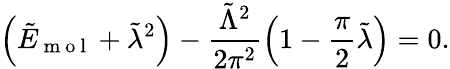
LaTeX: \left(\tilde{E}_{\mathrm{~m~o~l~}}+\tilde{\lambda}^{2}\right)-\frac{\tilde{\Lambda}^{2}}{2\pi^{2}}\left(1-\frac{\pi}{2}\tilde{\lambda}\right)=0.